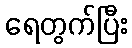
ရေတွက်ပြီး